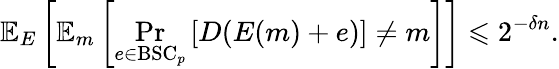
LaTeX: \mathbb{E}_{E}\left[\mathbb{E}_{m}\left[\operatorname*{Pr}_{e\in{\mathrm{BSC}}_{p}}\left[D(E(m)+e)\right]\neq m\right]\right]\leqslant 2^{-\delta n}.